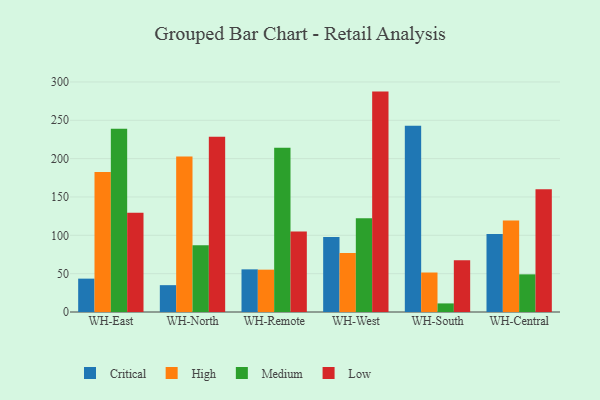
{"axis": {"x": "Warehouse", "y": "Active Users"}, "legend": ["Critical", "High", "Low", "Medium"], "data": [{"x": "WH-East", "y": 43.5, "type": "Critical"}, {"x": "WH-East", "y": 182.6, "type": "High"}, {"x": "WH-East", "y": 238.9, "type": "Medium"}, {"x": "WH-East", "y": 129.3, "type": "Low"}, {"x": "WH-North", "y": 35.0, "type": "Critical"}, {"x": "WH-North", "y": 202.9, "type": "High"}, {"x": "WH-North", "y": 87.0, "type": "Medium"}, {"x": "WH-North", "y": 228.6, "type": "Low"}, {"x": "WH-Remote", "y": 55.6, "type": "Critical"}, {"x": "WH-Remote", "y": 55.2, "type": "High"}, {"x": "WH-Remote", "y": 214.2, "type": "Medium"}, {"x": "WH-Remote", "y": 105.0, "type": "Low"}, {"x": "WH-West", "y": 97.8, "type": "Critical"}, {"x": "WH-West", "y": 76.9, "type": "High"}, {"x": "WH-West", "y": 122.1, "type": "Medium"}, {"x": "WH-West", "y": 287.4, "type": "Low"}, {"x": "WH-South", "y": 242.9, "type": "Critical"}, {"x": "WH-South", "y": 51.5, "type": "High"}, {"x": "WH-South", "y": 11.2, "type": "Medium"}, {"x": "WH-South", "y": 67.6, "type": "Low"}, {"x": "WH-Central", "y": 101.7, "type": "Critical"}, {"x": "WH-Central", "y": 119.4, "type": "High"}, {"x": "WH-Central", "y": 49.1, "type": "Medium"}, {"x": "WH-Central", "y": 160.0, "type": "Low"}]}